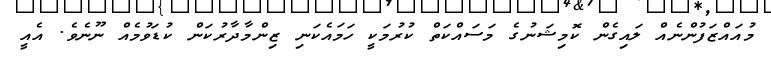
މުއައްޒަފުންނެއް ލައިގެން ކޮމިޝަނުގެ މަސައްކަތް ކުރުމަކީ ހަމައެކަނި ޒިންމާދާރުކަން ކުޑަވުމެއް ނޫނެވެ. އެއީ